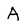
Character: A